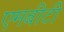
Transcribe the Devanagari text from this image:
एमबीटी